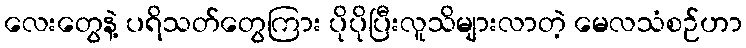
လေးတွေနဲ့ ပရိသတ်တွေကြား ပိုပိုပြီးလူသိများလာတဲ့ မေလသံစဉ်ဟာ